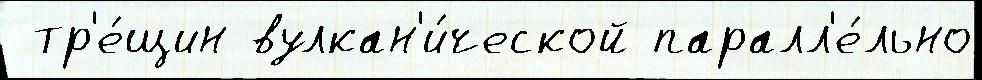
 тр'е́щин вулкан'и́ческой паралл'е́льно